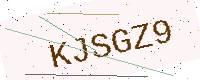
Text: KJSGZ9